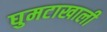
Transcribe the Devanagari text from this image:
घुमटाखाली